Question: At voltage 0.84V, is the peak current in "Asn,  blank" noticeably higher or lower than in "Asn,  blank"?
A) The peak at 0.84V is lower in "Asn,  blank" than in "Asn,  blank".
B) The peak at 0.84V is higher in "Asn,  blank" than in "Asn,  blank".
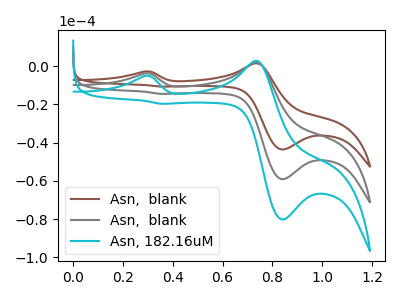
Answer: <think>The brown curve "Asn,  blank" has anodic peaks at (0.30V, -2.75uA) (0.75V, 1.55uA) and cathodic peaks at (0.85V, -43.55uA) (0.35V, -10.70uA). The gray curve "Asn,  blank" has anodic peaks at (0.30V, -3.75uA) (0.75V, 2.10uA) and cathodic peaks at (0.85V, -59.05uA) (0.35V, -14.50uA). The cyan curve "Asn, 182.16uM" has anodic peaks at (0.30V, -7.50uA) (0.75V, 4.15uA) and cathodic peaks at (0.85V, -118.15uA) (0.35V, -28.95uA).</think>
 <answer>B) The peak at 0.84V is higher in "Asn,  blank" than in "Asn,  blank".</answer>
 <eval>B</eval>